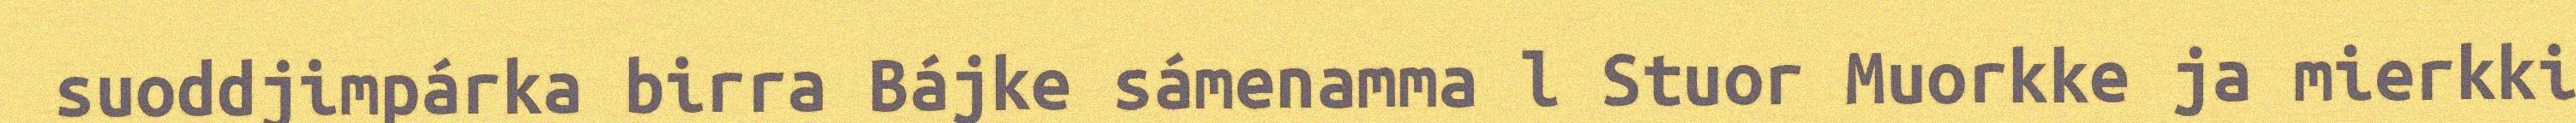
suoddjimpárka birra Bájke sámenamma l Stuor Muorkke ja mierkki